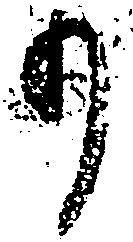
り